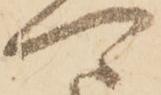
可